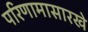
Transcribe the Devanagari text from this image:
परिणामासारखे